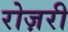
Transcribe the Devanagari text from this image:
रोज़री